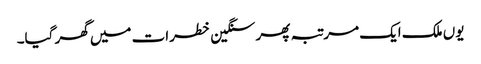
یوں ملک ایک مرتبہ پھر سنگین خطرات میں گھر گیا۔